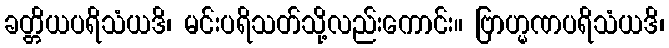
ခတ္တိယပရိသံယဒိ၊ မင်းပရိသတ်သို့လည်းကောင်း။ ဗြာဟ္မဏပရိသံယဒိ၊